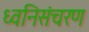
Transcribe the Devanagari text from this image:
ध्वनिसंचरण